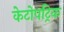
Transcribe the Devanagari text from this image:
केटोपट्रिक